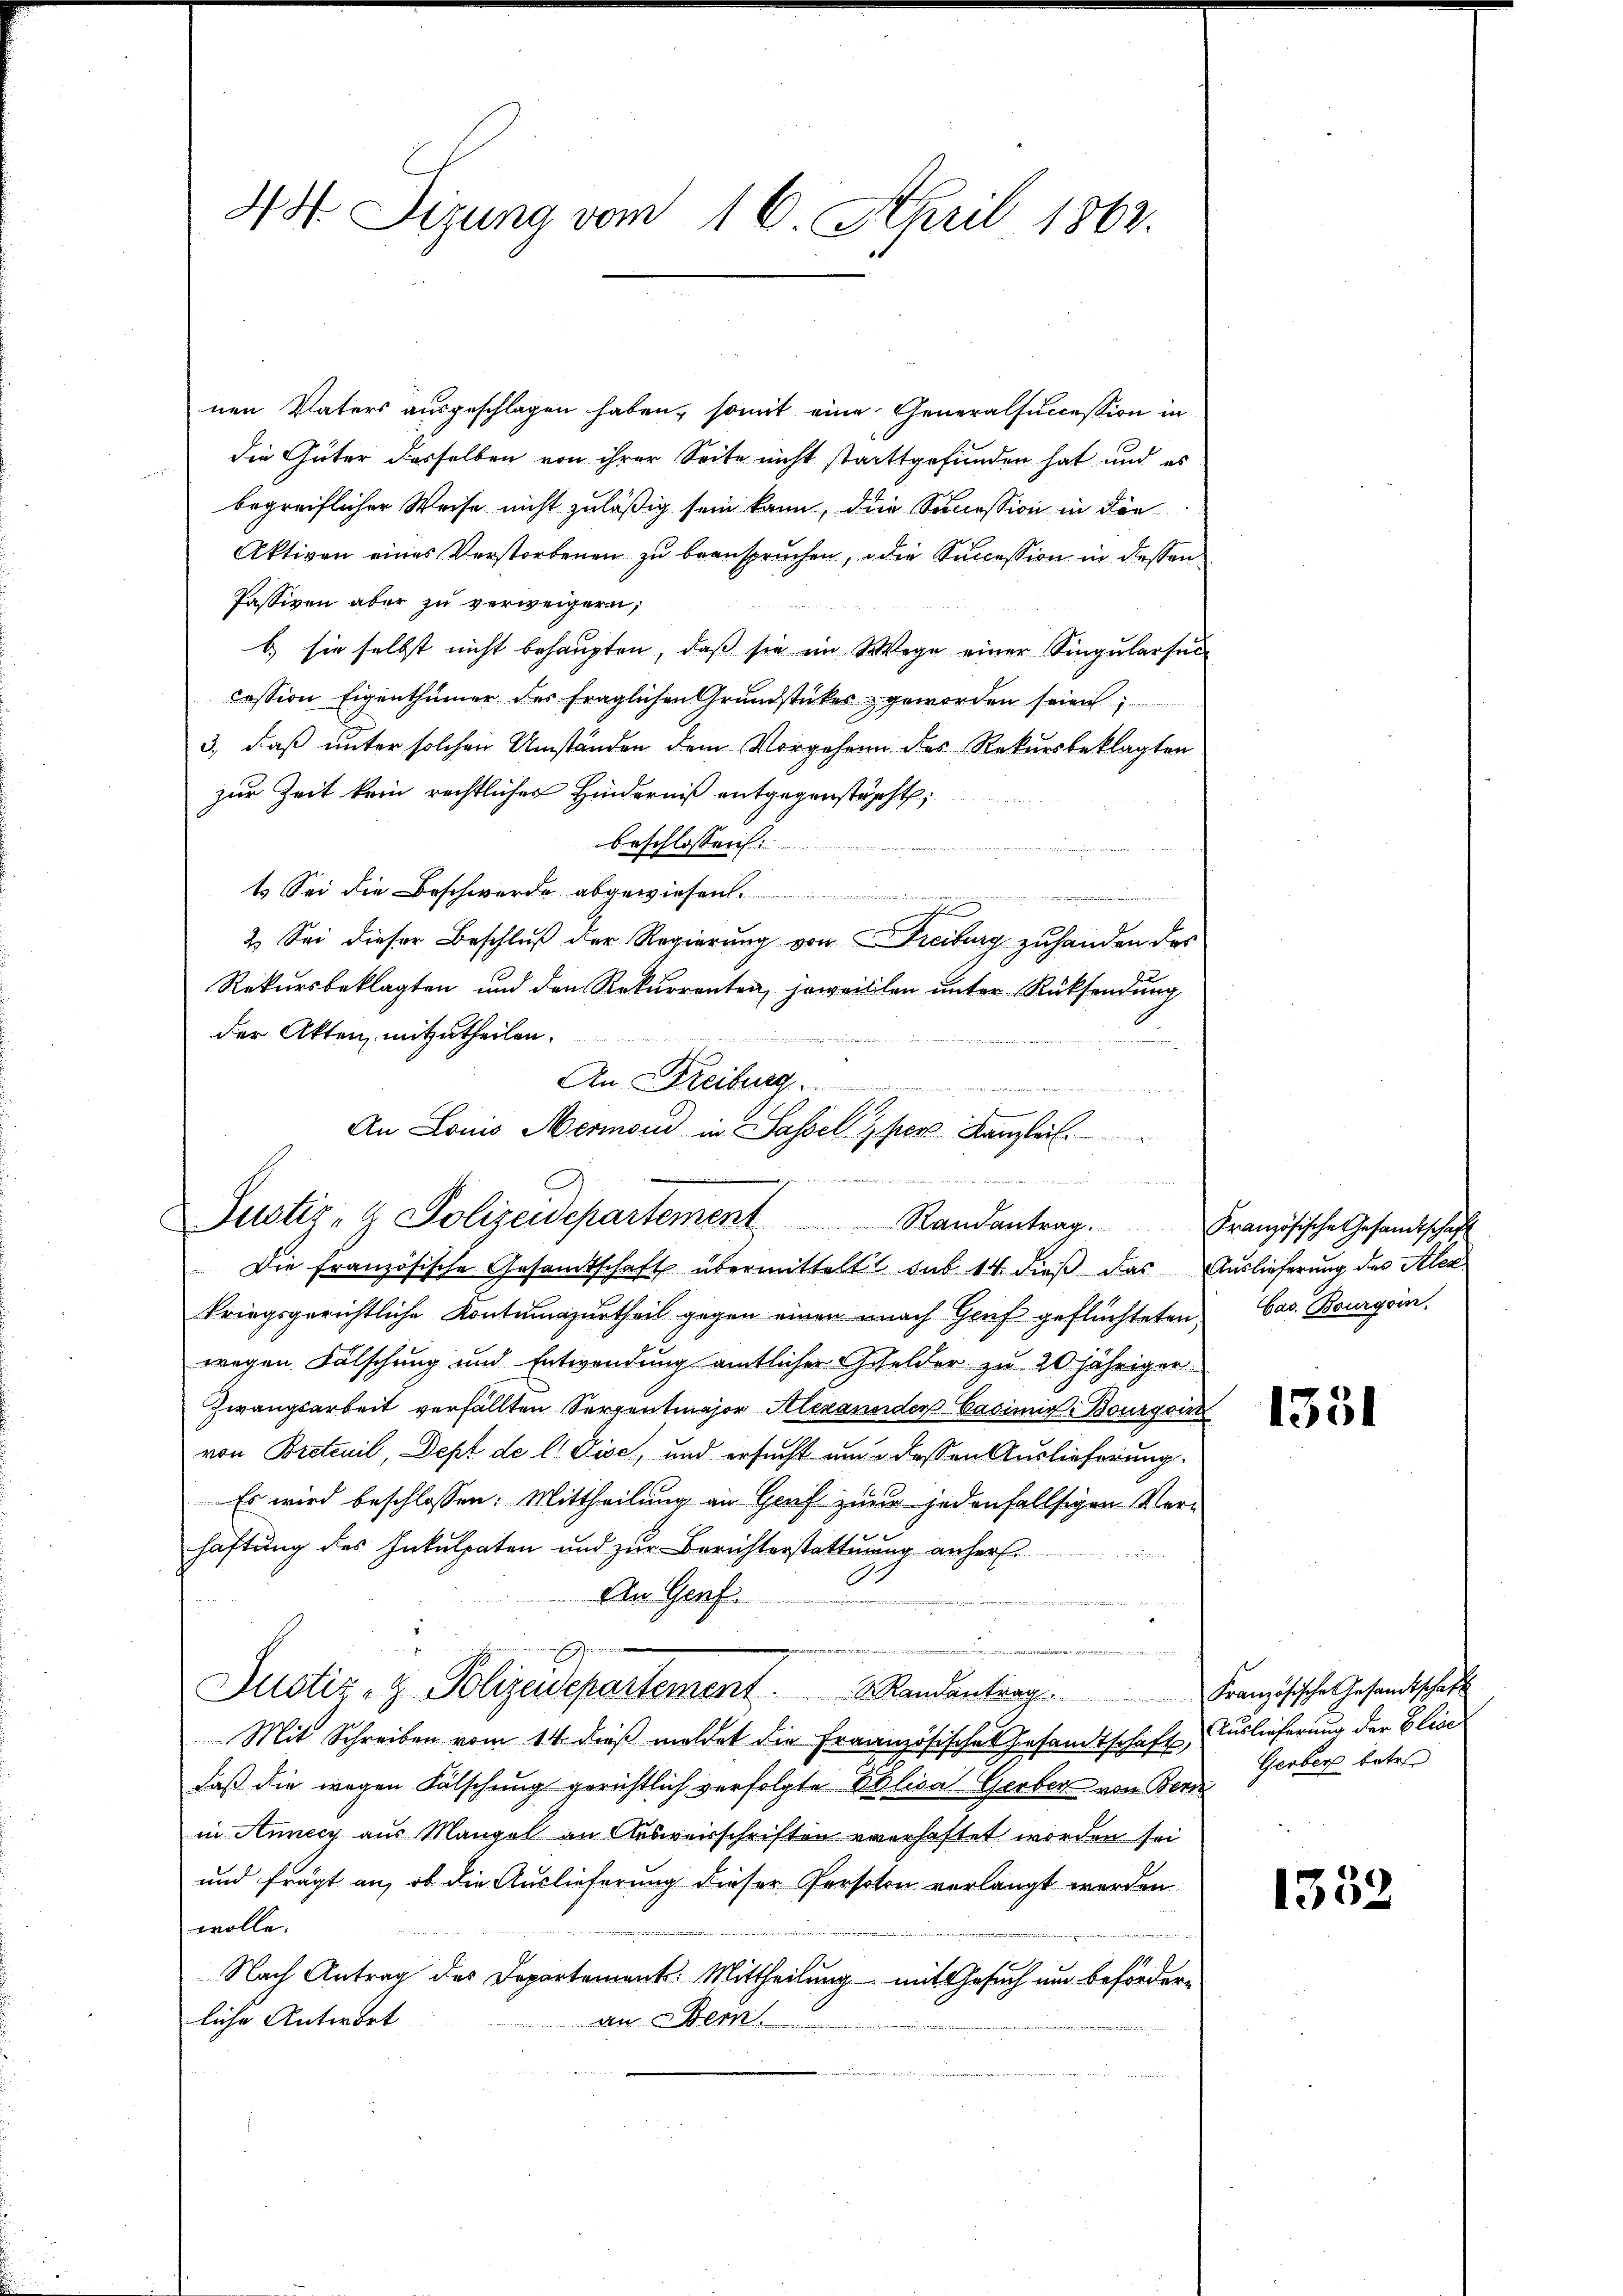
44 Sizung vom 16. April 1862.

nen Vaters ausgeschlagen haben, somit eine Generalsuccession in
die Güter dasselben von ihrer Seite nicht stattgefunden hat und es
begreiflicher Weise nicht zuläßig sein kann, die Succession in die
Aktiven eines Verstorbenen zu beanspruchen, die Succession in dessen
Passiven aber zu verweigern;
b) sie selbst nicht behaupten, daß sie im Wege einer Singularsuc
cession Eigenthümer der fraglichen Grundstückes geworden seien;
3., daß unter solchen Umständen dem Vorgehenn des Rekursbeklagten
zur Zeit kein rechtliches Hinderniß entgegenstächt
beschlossen:
t Sei die Beschwerde abgewiesen.
u
e
.
2.) Sei dieser Beschluß der Regierung von Freiburg zuhanden des
Rekursbeklagten und den Rekurrenten, soweillen unter Rücksendung
der Akten, mitzutheilen.
An Reiburg
.
An Louis Mermond in Sassel per Kanzleich
Justiz- & Polizeidepartement Randantrag.
Die französische Gesamtschaft übermittelt sub 14 dieß das
kriegsgerichtliche Kontumazurtheil gegen einen nach Genf geflüchteten bas. Bourgoin.
wegen Fälschung und Entwendung amtlicher Gefelder zu 20 jähriger
Zwangsarbeit verfällten Serpentmajor Alexander Vasimis-Bourgou
von Bretcuil, Dept de l. Vise, und ersucht um dessen Auslieferung
Es wird beschlossen: Mittheilung an Genf zur jedenfallsigen Verhaftung des Inkulpaten und zur Berichterstattung anher.
.
An Genf.

Justiz- & Polizeidepartement.   Randantrag. Französische Gesandtschaft
Mit Schreiben vom 14. dieβ meldet die Fraanzösische Gesandtschaft,
daß die wegen Fälschung gerichtlich verfolgte Eblica Gerber von Bern
in Annecz aus Mangel an Arbeisschriften verhaftet worden sei
und frägt an, ob die Auslieferung dieser Persoton verlangt werden.
wolle.
Nach Antrag des Departement. Mittheilung mit Gesuch und beförderliche Antwort
an Bern.

.

Französische Gesandtschaft
Auslieferung des Alex

Auslieferung der Elise
Gerber betr.

1331

1352